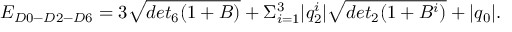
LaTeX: E _ { D 0 - D 2 - D 6 } = 3 \sqrt { d e t _ { 6 } ( 1 + B ) } + \Sigma _ { i = 1 } ^ { 3 } | q _ { 2 } ^ { i } | \sqrt { d e t _ { 2 } ( 1 + B ^ { i } ) } + | q _ { 0 } | .